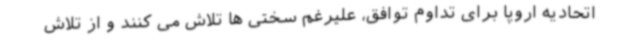
اتحادیه اروپا برای تداوم توافق، علیرغم سختی ها تلاش می کنند و از تلاش